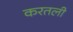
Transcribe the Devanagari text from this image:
करतली